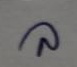
ล